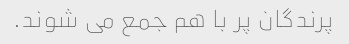
پرندگان پر با هم جمع می شوند.